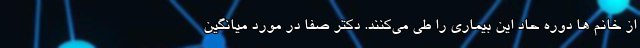
از خانم ها دوره حاد این بیماری را طی می‌کنند. دکتر صفا در مورد میانگین